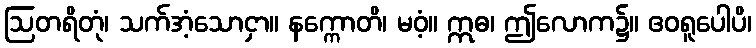
ဩတရိတုံ၊ သက်အံ့သောငှာ။ နက္ကောတိ၊ မဝံ့။ ဣဓ၊ ဤလောက၌။ ဧဝရူပေါပိ၊